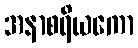
အနာစရိယကော